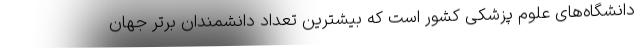
دانشگاه‌های علوم پزشکی کشور است که بیشترین تعداد دانشمندان برتر جهان